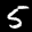
Label: 5